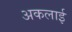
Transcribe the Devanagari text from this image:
अकलाई